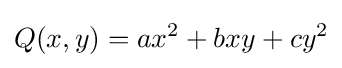
Q(x,y)=ax^{2}+bxy+cy^{2}